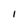
Character: 1